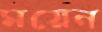
ময়েন